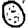
Digit: 0